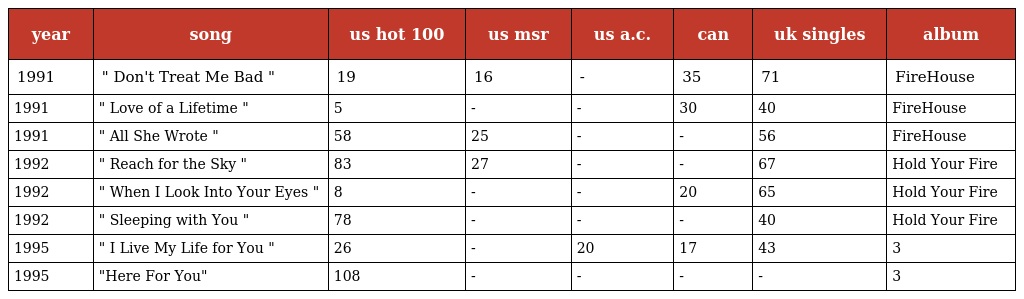
| year | song | us hot 100 | us msr | us a.c. | can | uk singles | album |
 | --- | --- | --- | --- | --- | --- | --- | --- |
 | 1991 | " Don't Treat Me Bad " | 19 | 16 | - | 35 | 71 | FireHouse |
 | 1991 | " Love of a Lifetime " | 5 | - | - | 30 | 40 | FireHouse |
 | 1991 | " All She Wrote " | 58 | 25 | - | - | 56 | FireHouse |
 | 1992 | " Reach for the Sky " | 83 | 27 | - | - | 67 | Hold Your Fire |
 | 1992 | " When I Look Into Your Eyes " | 8 | - | - | 20 | 65 | Hold Your Fire |
 | 1992 | " Sleeping with You " | 78 | - | - | - | 40 | Hold Your Fire |
 | 1995 | " I Live My Life for You " | 26 | - | 20 | 17 | 43 | 3 |
 | 1995 | "Here For You" | 108 | - | - | - | - | 3 |